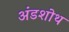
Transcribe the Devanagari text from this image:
अंडशोथ